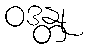
ဝဒန္တု